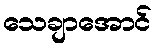
သေချာအောင်